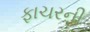
ફાચરની